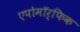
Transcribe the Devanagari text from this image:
एपोमॉर्फिक